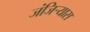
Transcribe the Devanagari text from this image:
जंजिऱ्यास